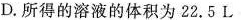
D.所得的溶液的体积为22.5L